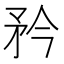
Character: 矜